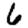
Digit: 6